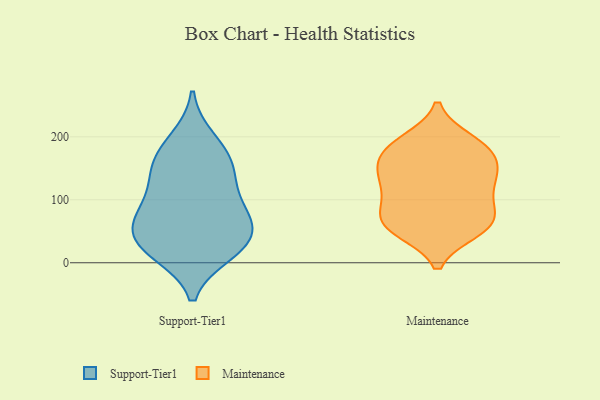
{"axis": {"x": "Website Visitors", "y": "Value"}, "legend": ["Maintenance", "Support-Tier1"], "data": [{"x": "", "y": 28, "type": "Support-Tier1"}, {"x": "", "y": 127, "type": "Support-Tier1"}, {"x": "", "y": 195, "type": "Support-Tier1"}, {"x": "", "y": 56, "type": "Support-Tier1"}, {"x": "", "y": 165, "type": "Support-Tier1"}, {"x": "", "y": 33, "type": "Support-Tier1"}, {"x": "", "y": 82, "type": "Support-Tier1"}, {"x": "", "y": 75, "type": "Support-Tier1"}, {"x": "", "y": 165, "type": "Support-Tier1"}, {"x": "", "y": 25, "type": "Support-Tier1"}, {"x": "", "y": 74, "type": "Support-Tier1"}, {"x": "", "y": 135, "type": "Support-Tier1"}, {"x": "", "y": 17, "type": "Support-Tier1"}, {"x": "", "y": 193, "type": "Maintenance"}, {"x": "", "y": 53, "type": "Maintenance"}, {"x": "", "y": 167, "type": "Maintenance"}, {"x": "", "y": 125, "type": "Maintenance"}, {"x": "", "y": 76, "type": "Maintenance"}, {"x": "", "y": 195, "type": "Maintenance"}, {"x": "", "y": 89, "type": "Maintenance"}, {"x": "", "y": 190, "type": "Maintenance"}, {"x": "", "y": 69, "type": "Maintenance"}, {"x": "", "y": 115, "type": "Maintenance"}, {"x": "", "y": 120, "type": "Maintenance"}, {"x": "", "y": 133, "type": "Maintenance"}, {"x": "", "y": 50, "type": "Maintenance"}, {"x": "", "y": 172, "type": "Maintenance"}, {"x": "", "y": 55, "type": "Maintenance"}, {"x": "", "y": 146, "type": "Maintenance"}, {"x": "", "y": 151, "type": "Maintenance"}, {"x": "", "y": 83, "type": "Maintenance"}, {"x": "", "y": 53, "type": "Maintenance"}, {"x": "", "y": 166, "type": "Maintenance"}]}